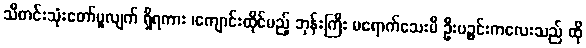
သီတင်းသုံးတော်မူလျက် ရှိရကား ၊ကျောင်းထိုင်မည့် ဘုန်းကြီး မရောက်သေးမီ ဦးပဉ္စင်းကလေးသည် ထို